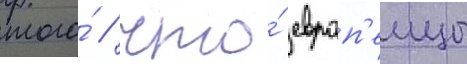
того́ / что́ европ'еицы